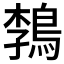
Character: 𲍟